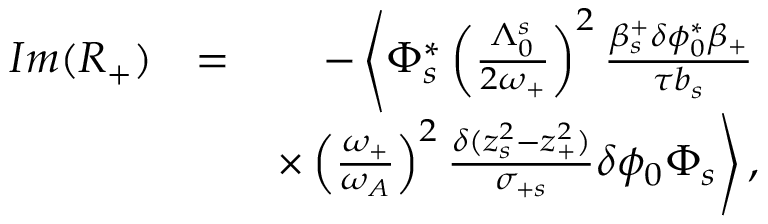
\begin{array} { r l r } { I m ( R _ { + } ) } & { = } & { - \left\langle \Phi _ { s } ^ { * } \left( \frac { \Lambda _ { 0 } ^ { s } } { 2 \omega _ { + } } \right) ^ { 2 } \frac { \beta _ { s } ^ { + } \delta \phi _ { 0 } ^ { * } \beta _ { + } } { \tau b _ { s } } \right. } \\ & { } & { \left. \times \left( \frac { \omega _ { + } } { \omega _ { A } } \right) ^ { 2 } \frac { \delta ( z _ { s } ^ { 2 } - z _ { + } ^ { 2 } ) } { \sigma _ { + s } } \delta \phi _ { 0 } \Phi _ { s } \right\rangle , } \end{array}